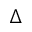
\Delta